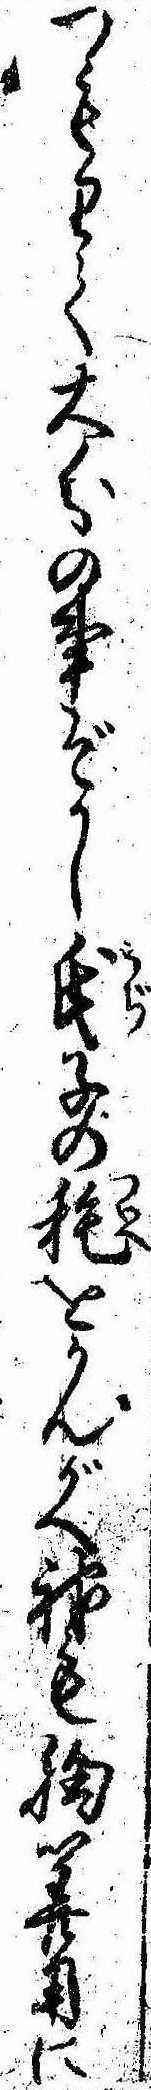
つもりて大分の事ぞかし氏子の耗をかんがへ神も胸算用に